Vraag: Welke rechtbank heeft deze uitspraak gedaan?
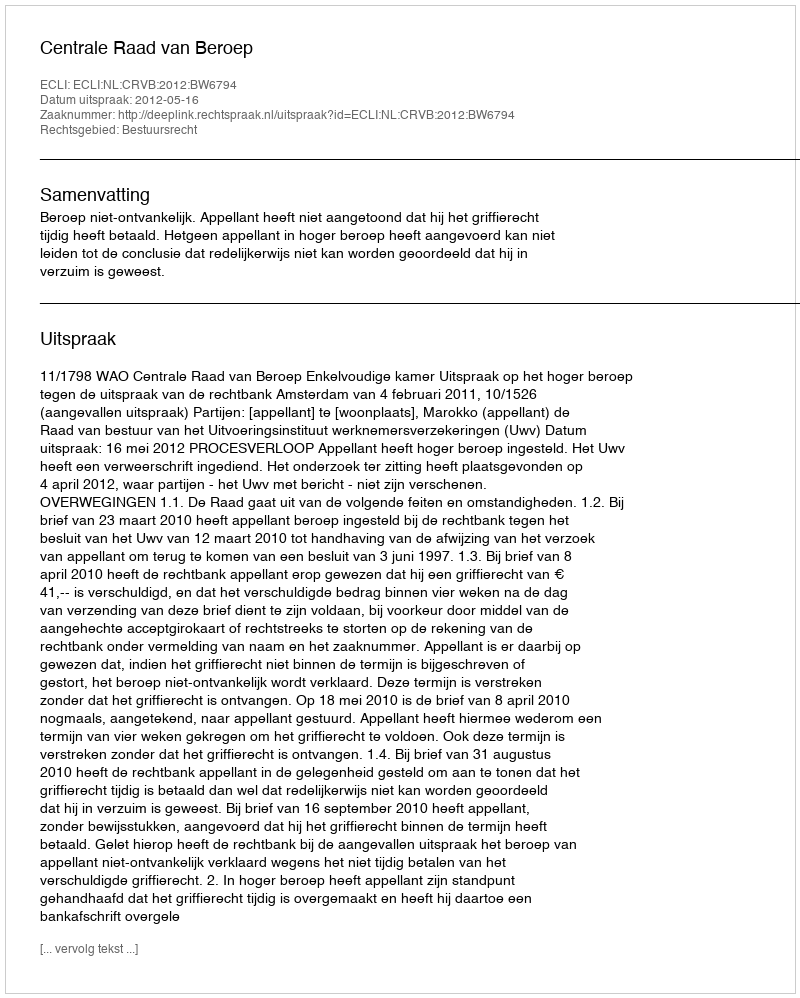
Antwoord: Centrale Raad van Beroep